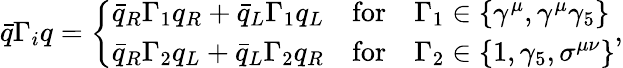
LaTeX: \bar{q}\Gamma_{i}q=\left\{ \begin{array}{lcl}{{\bar{q}_{R}\Gamma_{1}q_{R}+\bar{q}_{L}\Gamma_{1}q_{L}}}&{{\mathrm{for}}}&{{\Gamma_{1}\in\{ \gamma^{\mu},\gamma^{\mu}\gamma_{5}\} }}\\ {{\bar{q}_{R}\Gamma_{2}q_{L}+\bar{q}_{L}\Gamma_{2}q_{R}}}&{{\mathrm{for}}}&{{\Gamma_{2}\in\{ 1,\gamma_{5},\sigma^{\mu\nu}\} }}\end{array}\right.,